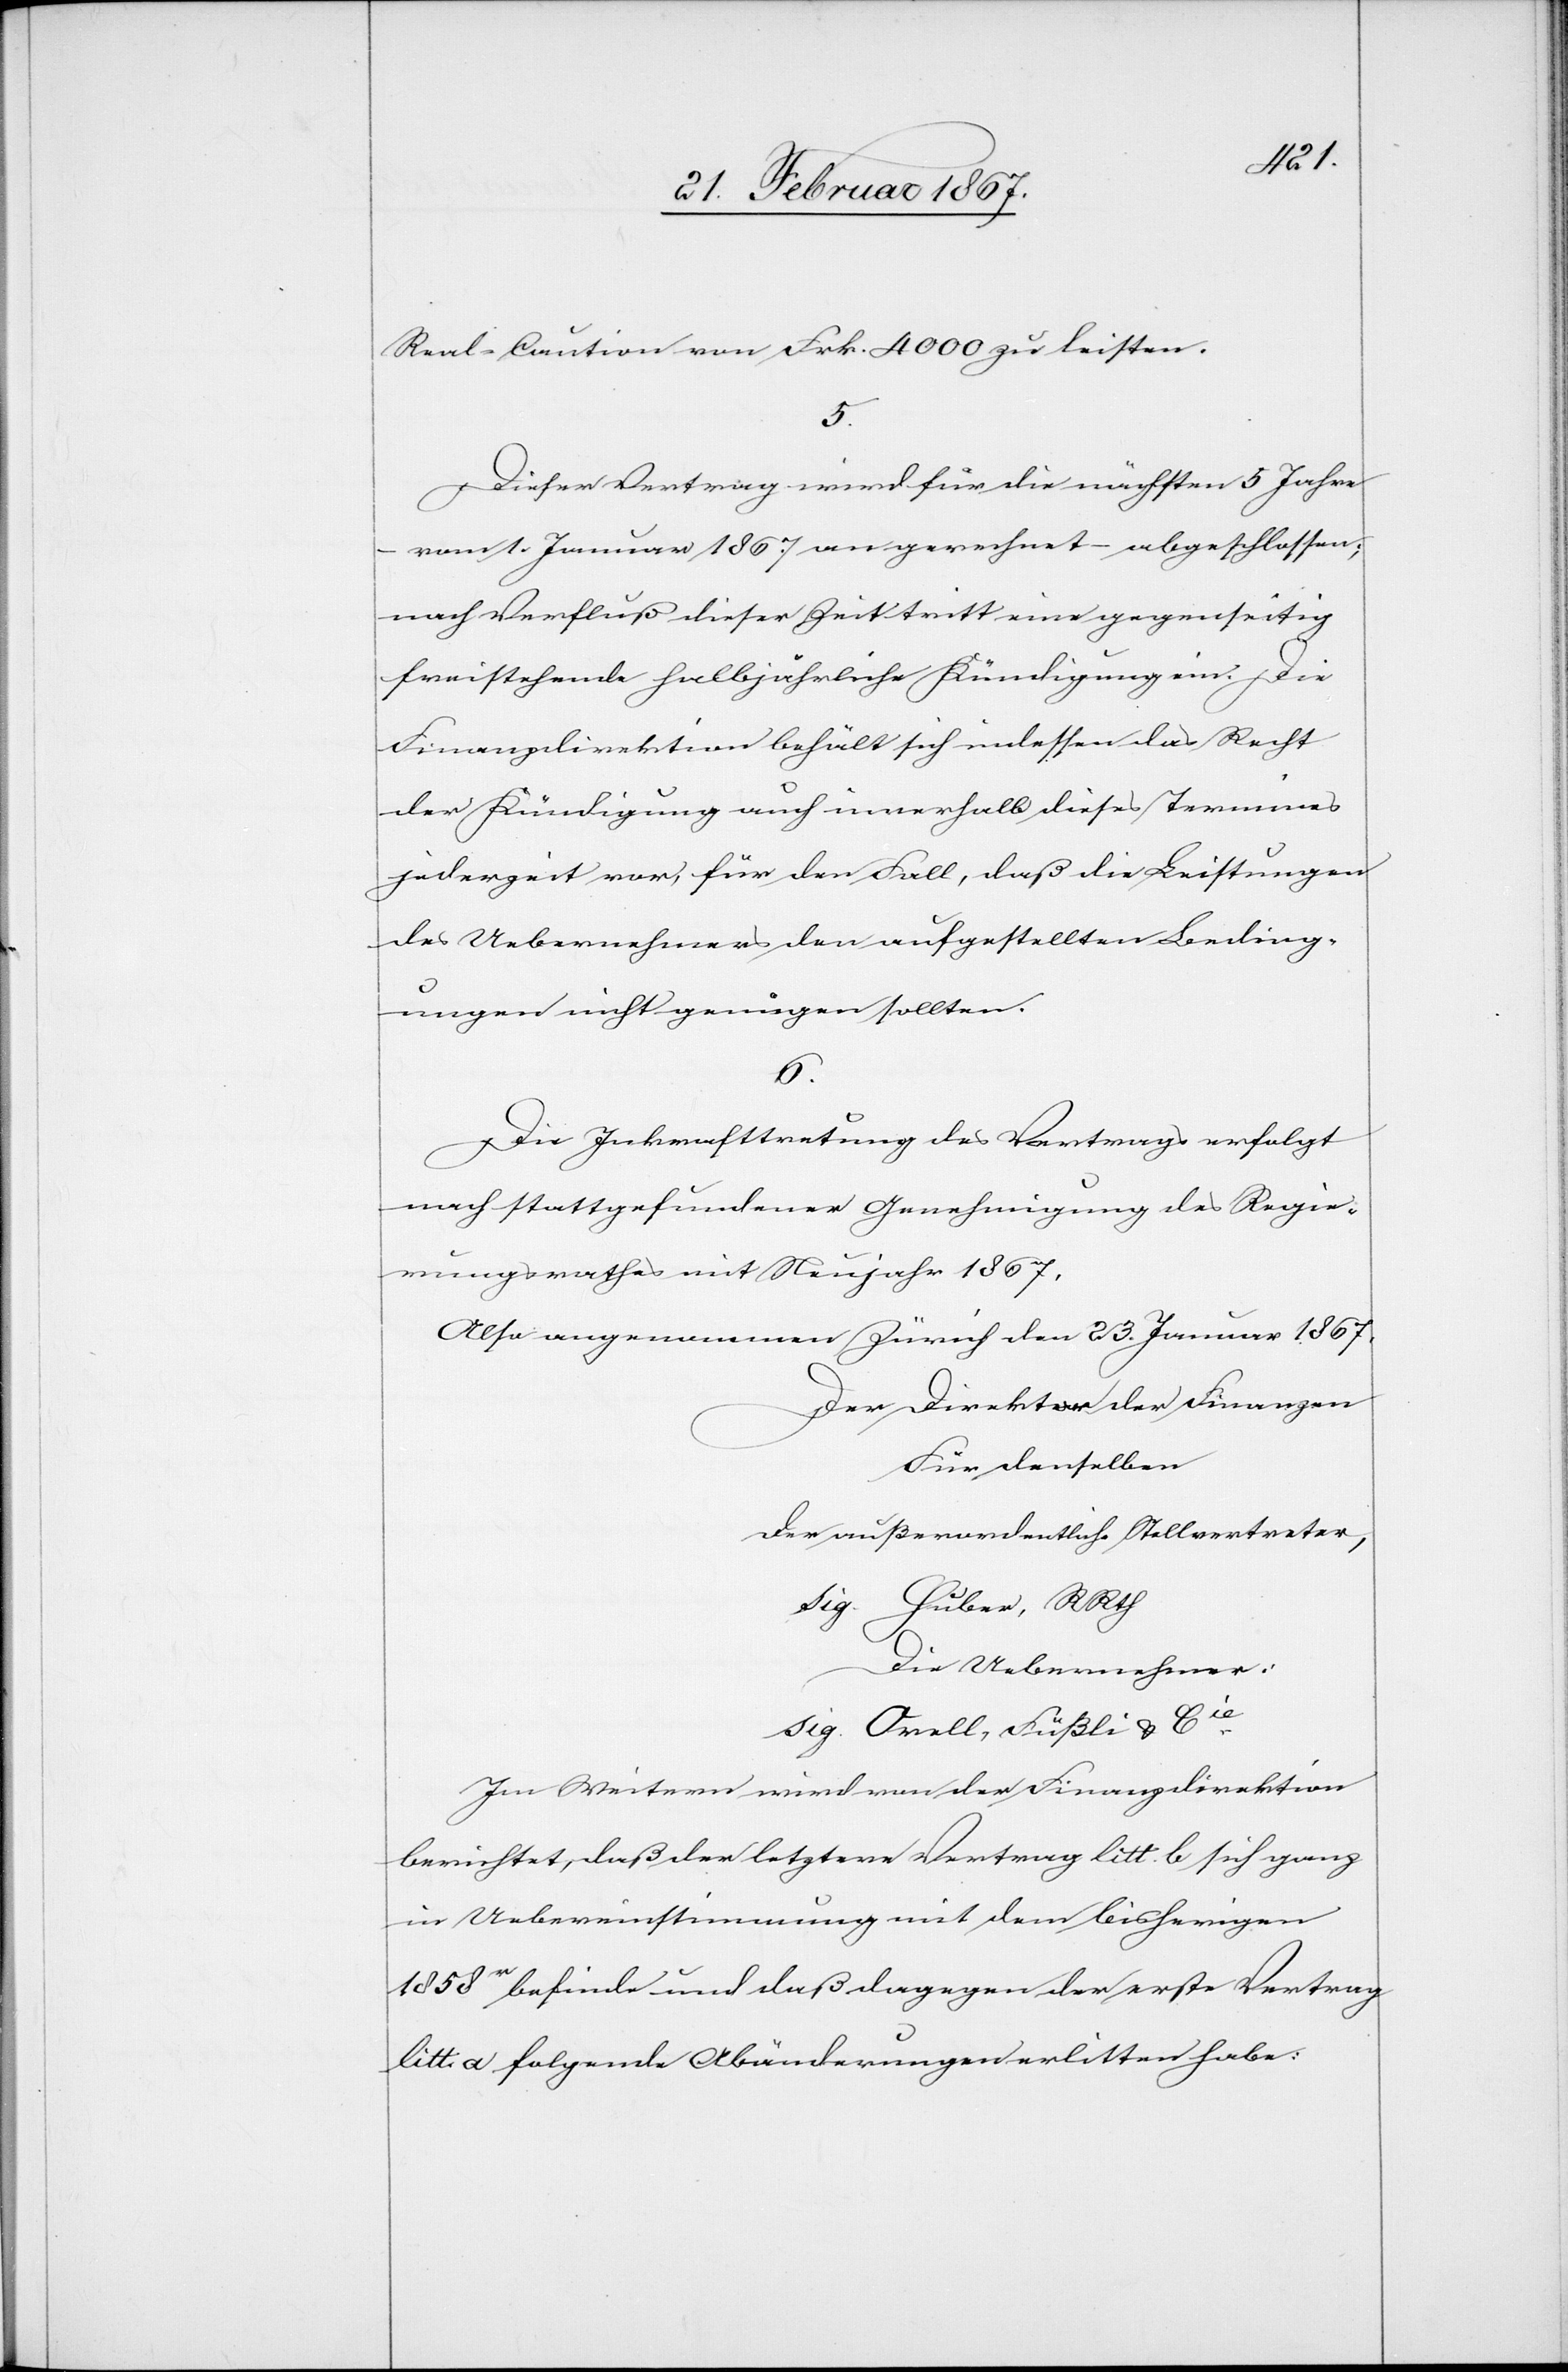
Real-Caution von Frk. 4000 zu leisten.
5.
Dieser Vertrag wird für die nächsten 5 Jahre
vom 1. Januar 1867 an gerechnet abgeschlossen;
nach Verfluß dieser Zeit tritt eine gegenseitig
freistehende halbjährliche Kündigung ein. Die
Finanzdirektion behält sich indessen das Recht
der Kündigung auch innerhalb dieses Termines
jederzeit vor, für den Fall, daß die Leistungen
des Uebernehmers den aufgestellten Beding¬
ungen nicht genügen sollten.
6.
Die Inkrafttretung des Vertrages erfolgt
nach stattgefundener Genehmigung des Regie¬
rungsrathes mit Neujahr 1867.
Also angenommen Zürich den 23. Januar 1867.
Der Direktor der Finanzen
Für denselben
der außerordentliche Stellvertreter,
sig. Huber, R Rth
Die Uebernehmer:
sig. Orell, Füßli u. Cie.
Im Weitern wird von der Finanzdirektion
berichtet, daß der letztere Vertrag litt. b sich ganz
in Uebereinstimmung mit dem bisherigen
1858r befinde und daß dagegen der erste Vertrag
litt. a folgende Abänderungen erlitten habe: